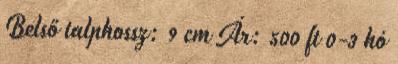
Belső talphossz: 9 cm Ár: 500 ft 0-3 hó